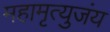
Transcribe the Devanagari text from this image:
महामृत्युजंय